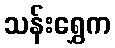
သန်းရွှေက